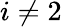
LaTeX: i\neq 2